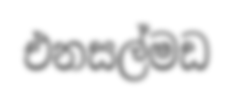
එනසල්මඩ